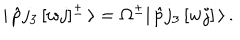
LaTeX: | \, \hat { p } j _ { 3 } \, [ w j ] ^ { \pm } \, \rangle = \Omega ^ { \pm } | \, \hat { p } j _ { 3 } \, [ w j ] \, \rangle \, .